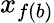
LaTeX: x_{f(b)}